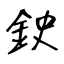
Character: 鉂